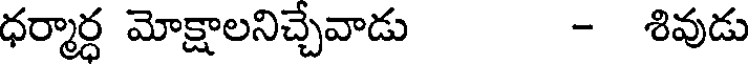
ధర్మార్ధ మోక్షాలనిచ్చేవాడు - శివుడు